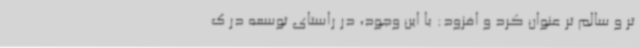
تر و سالم تر عنوان کرد و افزود: با این وجود، در راستای توسعه در ک